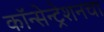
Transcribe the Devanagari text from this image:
कॉन्सेन्ट्रेशनचा